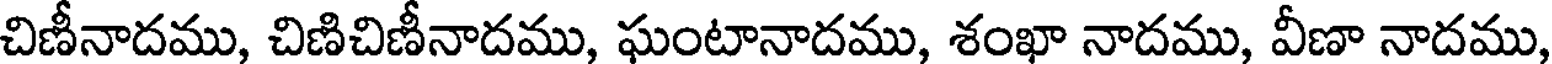
చిణీనాదము, చిణిచిణీనాదము, ఘంటానాదము, శంఖా నాదము, వీణా నాదము,